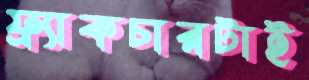
ফ্র্যাকচারটাই